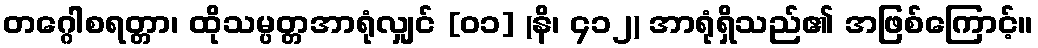
တဂ္ဂေါစရတ္တာ၊ ထိုသမ္ပတ္တအာရုံလျှင် [၀၁] (နိ၊ ၄၁၂) အာရုံရှိသည်၏ အဖြစ်ကြောင့်။